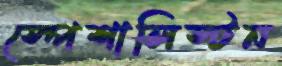
স্পেশালিস্টন